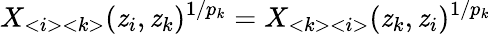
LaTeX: X_{<i><k>}(\mathit{z}_{i},\mathit{z}_{k})^{1/p_{k}}=X_{<k><i>}(\mathit{z}_{k},\mathit{z}_{i})^{1/p_{k}}